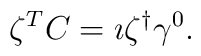
\zeta^T C = \imath \zeta^{\dagger} \gamma^0.